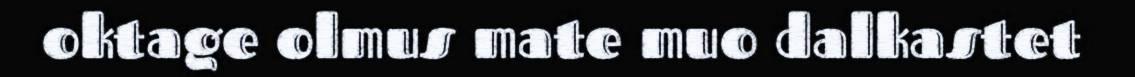
oktage olmus mate muo dalkastet